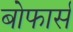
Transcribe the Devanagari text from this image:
बोफार्स